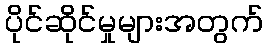
ပိုင်ဆိုင်မှုများအတွက်